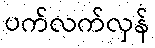
ပက်လက်လှန်